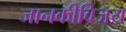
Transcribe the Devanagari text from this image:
जानकीविजय